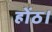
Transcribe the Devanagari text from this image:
होंठ।